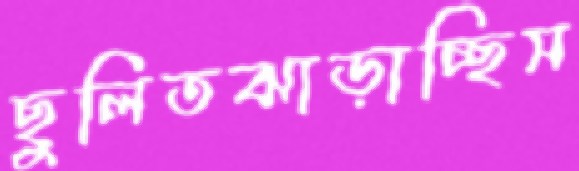
ছুলিতঝাড়াচ্ছিস